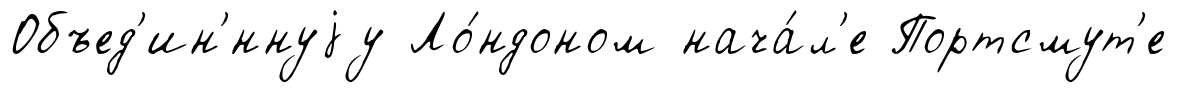
Объед'ин'́ннуjу Ло́ндоном нача́л'е Портсмут'е